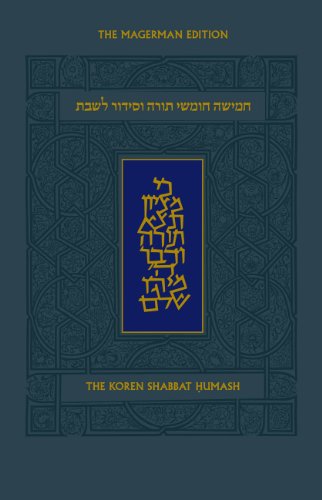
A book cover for Koren Shabbat Humash: With Commentary by Rabbi Jonathan Sacks, Ashkenaz (Hebrew Edition); Jonathan Sacks; Religion & Spirituality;